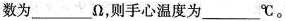
数为___Ω，则手心温度为___℃。